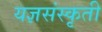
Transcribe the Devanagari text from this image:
यज्ञसंस्कृती